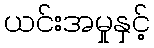
ယင်းအမှုနှင့်